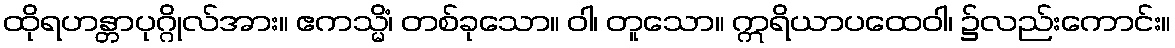
ထိုရဟန္တာပုဂ္ဂိုလ်အား။ ဧကသ္မိံ၊ တစ်ခုသော။ ဝါ၊ တူသော။ ဣရိယာပထေဝါ၊ ၌လည်းကောင်း။